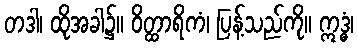
တဒါ၊ ထိုအခါ၌။ ဝိတ္ထာရိကံ၊ ပြန့်သည်ကို။ ဣဒ္ဓံ၊